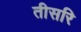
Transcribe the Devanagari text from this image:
तीसरि